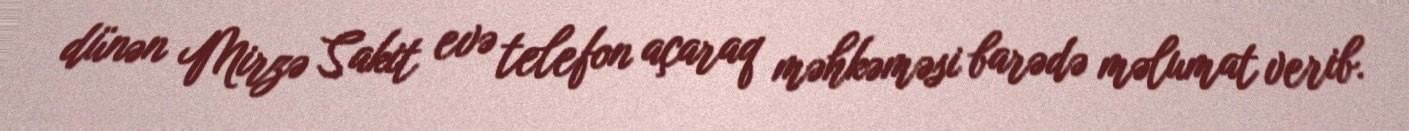
dünən Mirzə Sakit evə telefon açaraq məhkəməsi barədə məlumat verib.